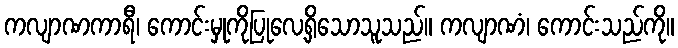
ကလျာဏကာရီ၊ ကောင်းမှုကိုပြုလေ့ရှိသောသူသည်။ ကလျာဏံ၊ ကောင်းသည်ကို။